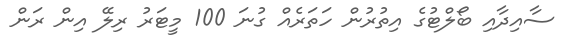
ސާއިދާއި ބޯލްޓުގެ އިތުރުން ހަތަރެއް ގުނަ 100 މީޓަރު ރިލޭ އިން ރަން